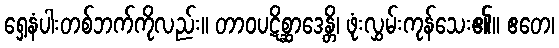
ရှေ့နံပါးတစ်ဘက်ကိုလည်း။ တာဝပဋိစ္ဆာဒေန္တိ၊ ဖုံးလွှမ်းကုန်သေး၏။ ဧတေ၊